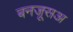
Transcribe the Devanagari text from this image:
बनजूसअ